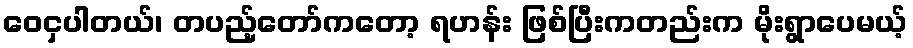
ဝေငှပါတယ်၊ တပည့်တော်ကတော့ ရဟန်း ဖြစ်ပြီးကတည်းက မိုးရွာပေမယ့်